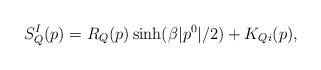
LaTeX: \begin{align*}S^I_Q(p)=R_Q(p)\sinh(\beta|p^0|/2)+K_{Qi}(p),\end{align*}